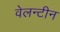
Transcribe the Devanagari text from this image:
वेलन्टीन